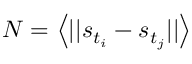
N = \left< | | s _ { t _ { i } } - s _ { t _ { j } } | | \right>